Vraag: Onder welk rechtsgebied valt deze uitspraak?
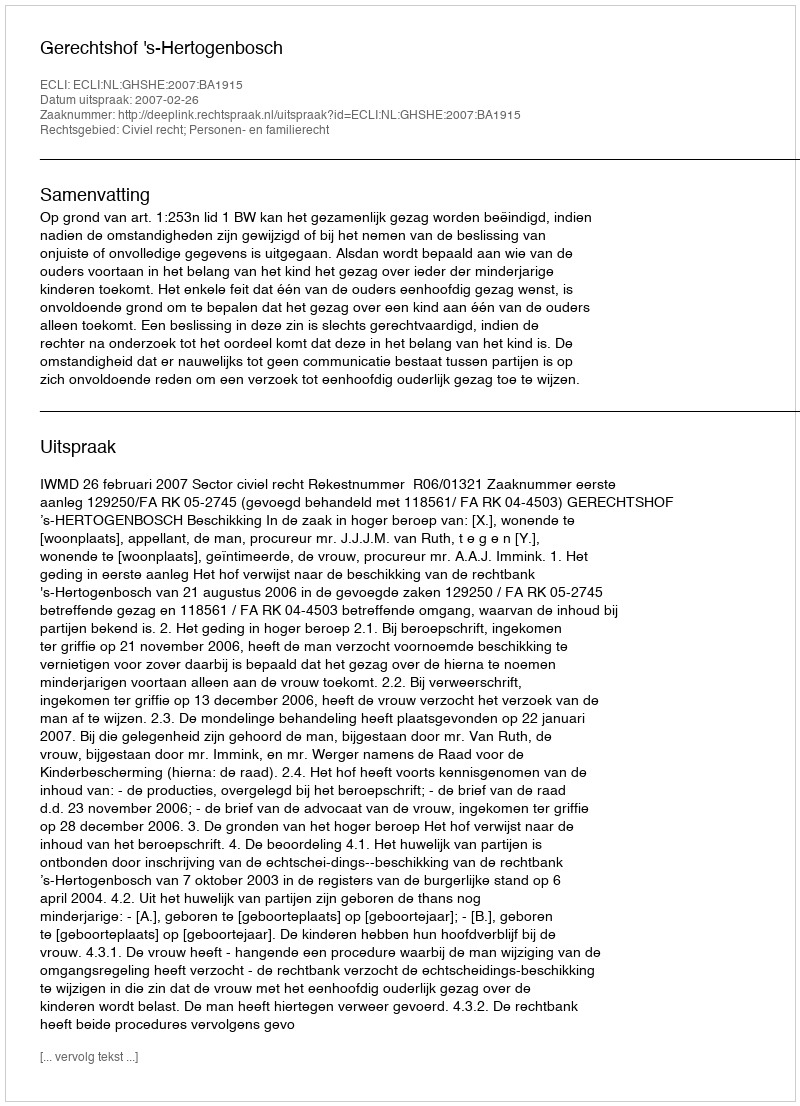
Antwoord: Civiel recht; Personen- en familierecht